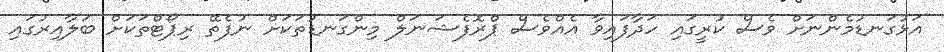
އަޅުގަނޑުމެންނަށް ވެސް ކުރީގައި ހަދާފައިވާ އެއްވެސް ޕްރޮފެޝަނަލް މިންގަނޑުތަކަށް ނުފެތޭ ރިޕޯޓްތަކަށް ބަލާއިރުގައި